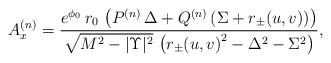
LaTeX: \begin{align*}A^{(n)}_x = {{e^{{\phi_0}}\,r_0\, \left( {P^{(n)}}\,{\Delta} + {Q^{(n)}}\,(\Sigma + r_{\pm}(u,v))\right) } \over {{\sqrt{{M^2} - {|\Upsilon|^2}}}\, \left( {{r_{\pm}(u,v)}^ 2} -{{{\Delta}}^2} - {\Sigma^2} \right) }},\end{align*}